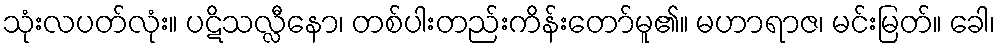
သုံးလပတ်လုံး။ ပဋိသလ္လီနော၊ တစ်ပါးတည်းကိန်းတော်မူ၏။ မဟာရာဇ၊ မင်းမြတ်။ ခေါ၊